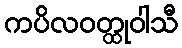
ကပိလဝတ္ထုဝါသီ